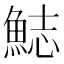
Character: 𩷓